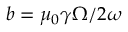
b = \mu _ { 0 } \gamma \Omega / 2 \omega